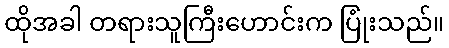
ထိုအခါ တရားသူကြီးဟောင်းက ပြုံးသည်။